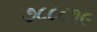
૭૮૮૮૧૯